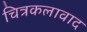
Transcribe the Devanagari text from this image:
चित्रकलावाद